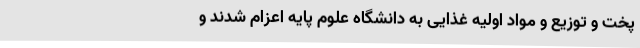
پخت و توزیع و مواد اولیه غذایی به دانشگاه علوم پایه اعزام شدند و